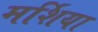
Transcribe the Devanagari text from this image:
मर्शिया